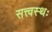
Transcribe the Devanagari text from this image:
सत्त्वस्थः